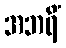
အဘရိံ